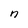
Character: n